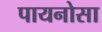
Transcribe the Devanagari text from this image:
पायनोसा